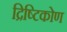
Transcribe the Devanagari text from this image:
द्रिष्टिकोण